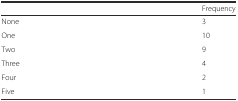
<table><thead><tr><td></td><td><b>Frequency</b></td></tr></thead><tbody><tr><td>None</td><td>3</td></tr><tr><td>One</td><td>10</td></tr><tr><td>Two</td><td>9</td></tr><tr><td>Three</td><td>4</td></tr><tr><td>Four</td><td>2</td></tr><tr><td>Five</td><td>1</td></tr></tbody></table>